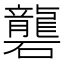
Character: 礱